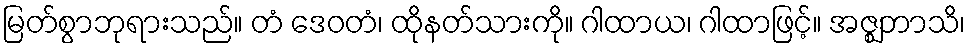
မြတ်စွာဘုရားသည်။ တံ ဒေဝတံ၊ ထိုနတ်သားကို။ ဂါထာယ၊ ဂါထာဖြင့်။ အဇ္ဈဘာသိ၊